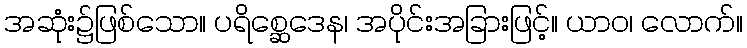
အဆုံး၌ဖြစ်သော။ ပရိစ္ဆေဒေန၊ အပိုင်းအခြားဖြင့်။ ယာဝ၊ လောက်။